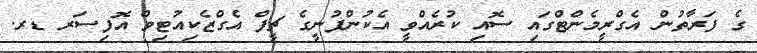
ގެ ފަރާތުން އެގްރީމެންޓްގައި ސޮއި ކުރެއްވީ އެކުންފުނީގެ ޗީފް އެގްޒެކިއުޓިވް އޮފިސަރ ޑރ.